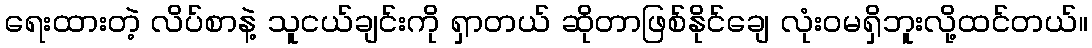
ရေးထားတဲ့ လိပ်စာနဲ့ သူငယ်ချင်းကို ရှာတယ် ဆိုတာဖြစ်နိုင်ချေ လုံးဝမရှိဘူးလို့ထင်တယ်။